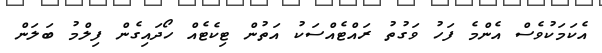
އެކަމަކުވެސް އެންމެ ފަހު ވަގުތު ރައްޓެއްސަކު އަތުން ޓިކެޓެއް ހޯދައިގެން ފިލްމު ބަލަން